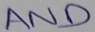
Text: AND